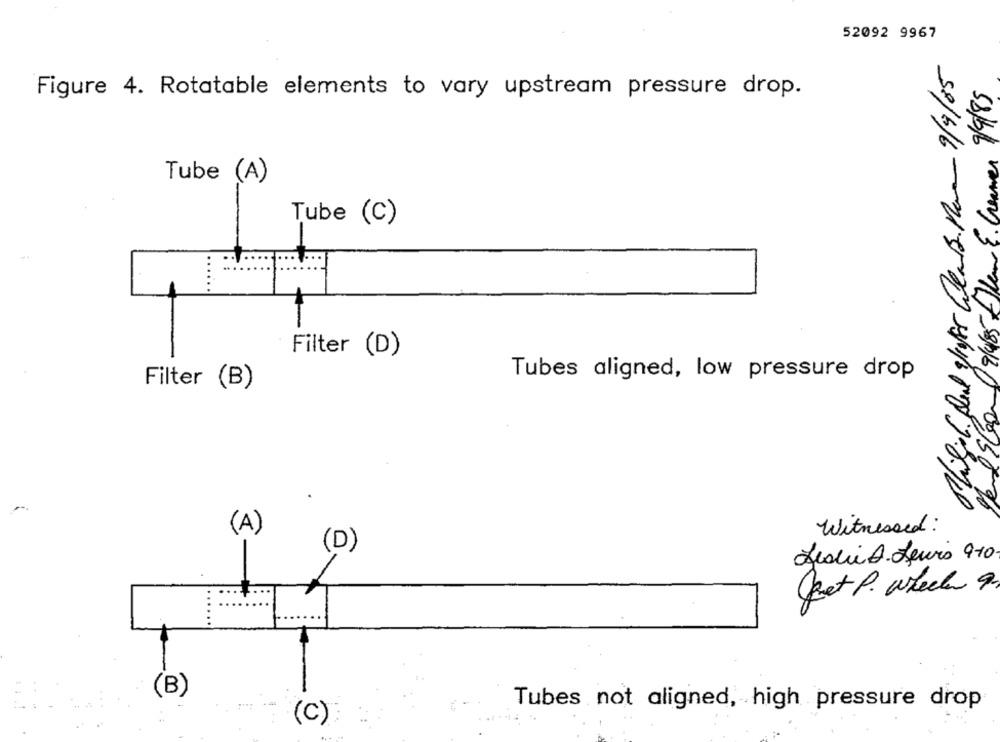
52092 9967
Philip6. Pul Sifer Werk Nova 9/9/85
Hemd Spoon 0 9/45 -Than E. Cremes 9/9/85
Figure 4. Rotatable elements to vary upstream pressure drop.
Tube
Tube (C)
Filter (D)
Tubes aligned, low pressure drop
Filter (B)
(A)
Witnessed:
(D)
Jestin A. Leurs 9-10
get P. wheel 9.
(B)
Tubes not aligned, high pressure drop
(C)